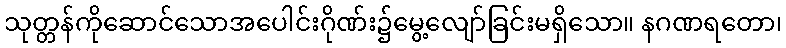
သုတ္တန်ကိုဆောင်သောအပေါင်းဂိုဏ်း၌မွေ့လျော်ခြင်းမရှိသော။ နဂဏရတော၊